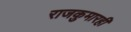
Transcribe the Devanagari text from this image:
राजकुमारही